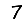
Digit: 7